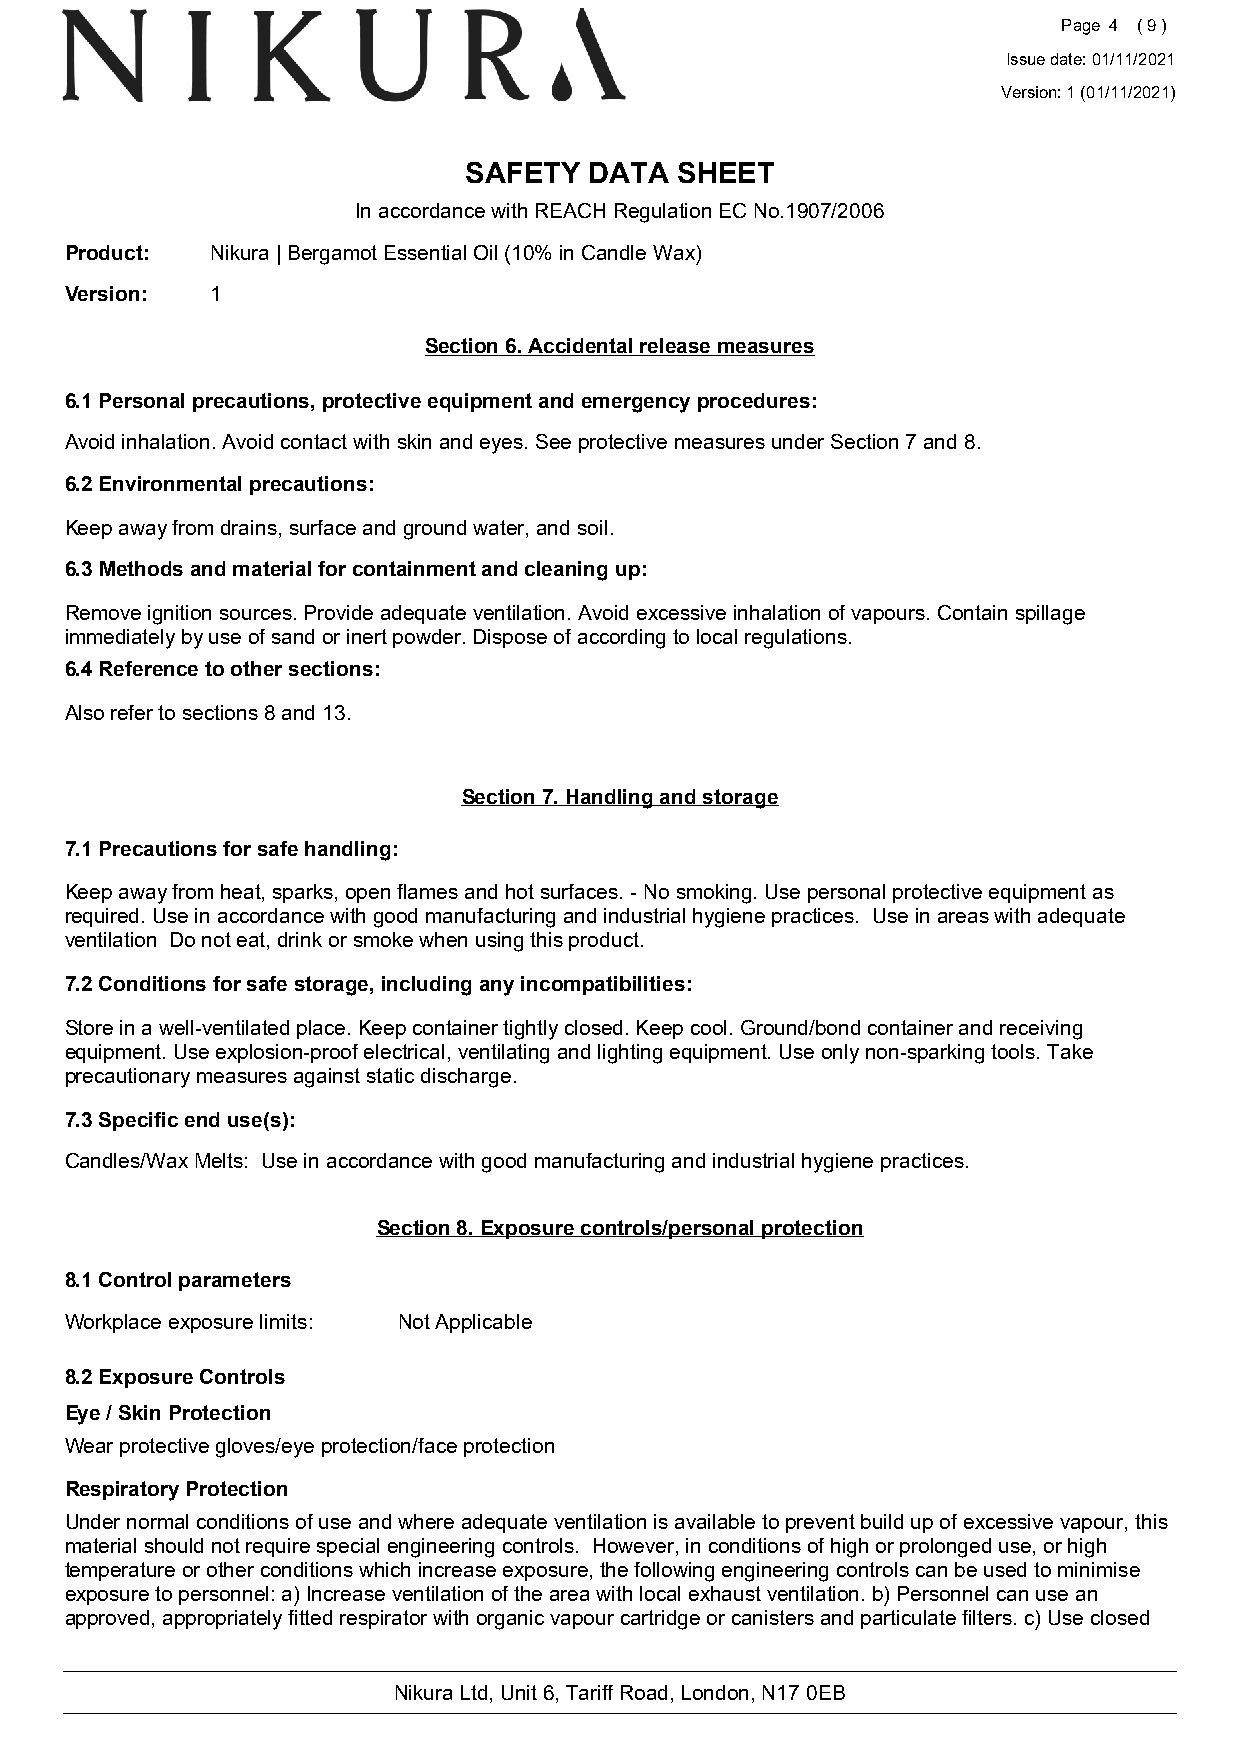
Page 4 ( 9 )
 Issue date: 01/11/2021
 Version: 1 (01/11/2021)
 SAFETY  DATA  SHEET
 In accordance with REACH Regulation EC No.1907/2006
 Product:  Nikura | Bergamot Essential Oil (10% in Candle Wax)
 Version:  1
 Section 6. Accidental release measures
 6.1 Personal precautions, protective equipment and emergency procedures:
 Avoid inhalation. Avoid contact with skin and eyes. See protective measures under Section 7 and 8.
 6.2 Environmental precautions:
 Keep away from drains, surface and ground water, and soil.
 6.3 Methods and material for containment and cleaning up:
 Remove ignition sources. Provide adequate ventilation. Avoid excessive inhalation of vapours. Contain spillage
 immediately by use of sand or inert powder. Dispose of according to local regulations.
 6.4 Reference to other sections:
 Also refer to sections 8 and 13.
 Section 7. Handling and storage
 7.1 Precautions for safe handling:
 Keep away from heat, sparks, open flames and hot surfaces. - No smoking. Use personal protective equipment as
 required. Use in accordance with good manufacturing and industrial hygiene practices. Use in areas with adequate
 ventilation Do not eat, drink or smoke when using this product.
 7.2 Conditions for safe storage, including any incompatibilities:
 Store in a well-ventilated place. Keep container tightly closed. Keep cool. Ground/bond container and receiving
 equipment. Use explosion-proof electrical, ventilating and lighting equipment. Use only non-sparking tools. Take
 precautionary measures against static discharge.
 7.3 Specific end use(s):
 Candles/Wax Melts: Use in accordance with good manufacturing and industrial hygiene practices.
 Section 8. Exposure controls/personal protection
 8.1 Control parameters
 Workplace exposure limits: Not Applicable
 8.2 Exposure Controls
 Eye / Skin Protection
 Wear protective gloves/eye protection/face protection
 Respiratory Protection
 Under normal conditions of use and where adequate ventilation is available to prevent build up of excessive vapour, this
 material should not require special engineering controls. However, in conditions of high or prolonged use, or high
 temperature or other conditions which increase exposure, the following engineering controls can be used to minimise
 exposure to personnel: a) Increase ventilation of the area with local exhaust ventilation. b) Personnel can use an
 approved, appropriately fitted respirator with organic vapour cartridge or canisters and particulate filters. c) Use closed
 Nikura Ltd, Unit 6, Tariff Road, London, N17 0EB